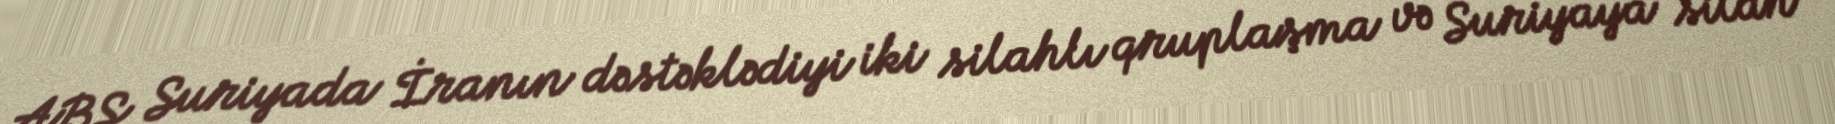
ABŞ Suriyada İranın dəstəklədiyi iki silahlı qruplaşma və Suriyaya silah